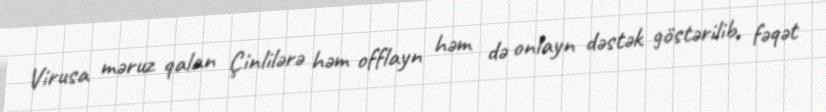
Virusa məruz qalan Çinlilərə həm offlayn həm də onlayn dəstək göstərilib, fəqət